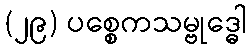
(၂၉) ပစ္စေကသမ္ဗုဒ္ဓေါ